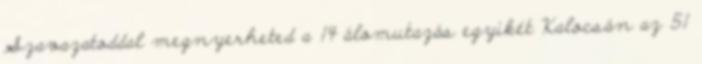
Szavazatoddal megnyerheted a 14 álomutazás egyikét Kalocsán az 51